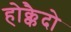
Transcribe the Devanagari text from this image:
होक्कैदो